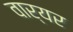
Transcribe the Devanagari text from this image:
वार्यर